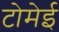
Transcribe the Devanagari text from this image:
टोमेई